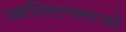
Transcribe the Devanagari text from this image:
आल्टिप्लानो